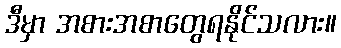
ဒီမှာ အစားအစာတွေရနိုင်သလား။